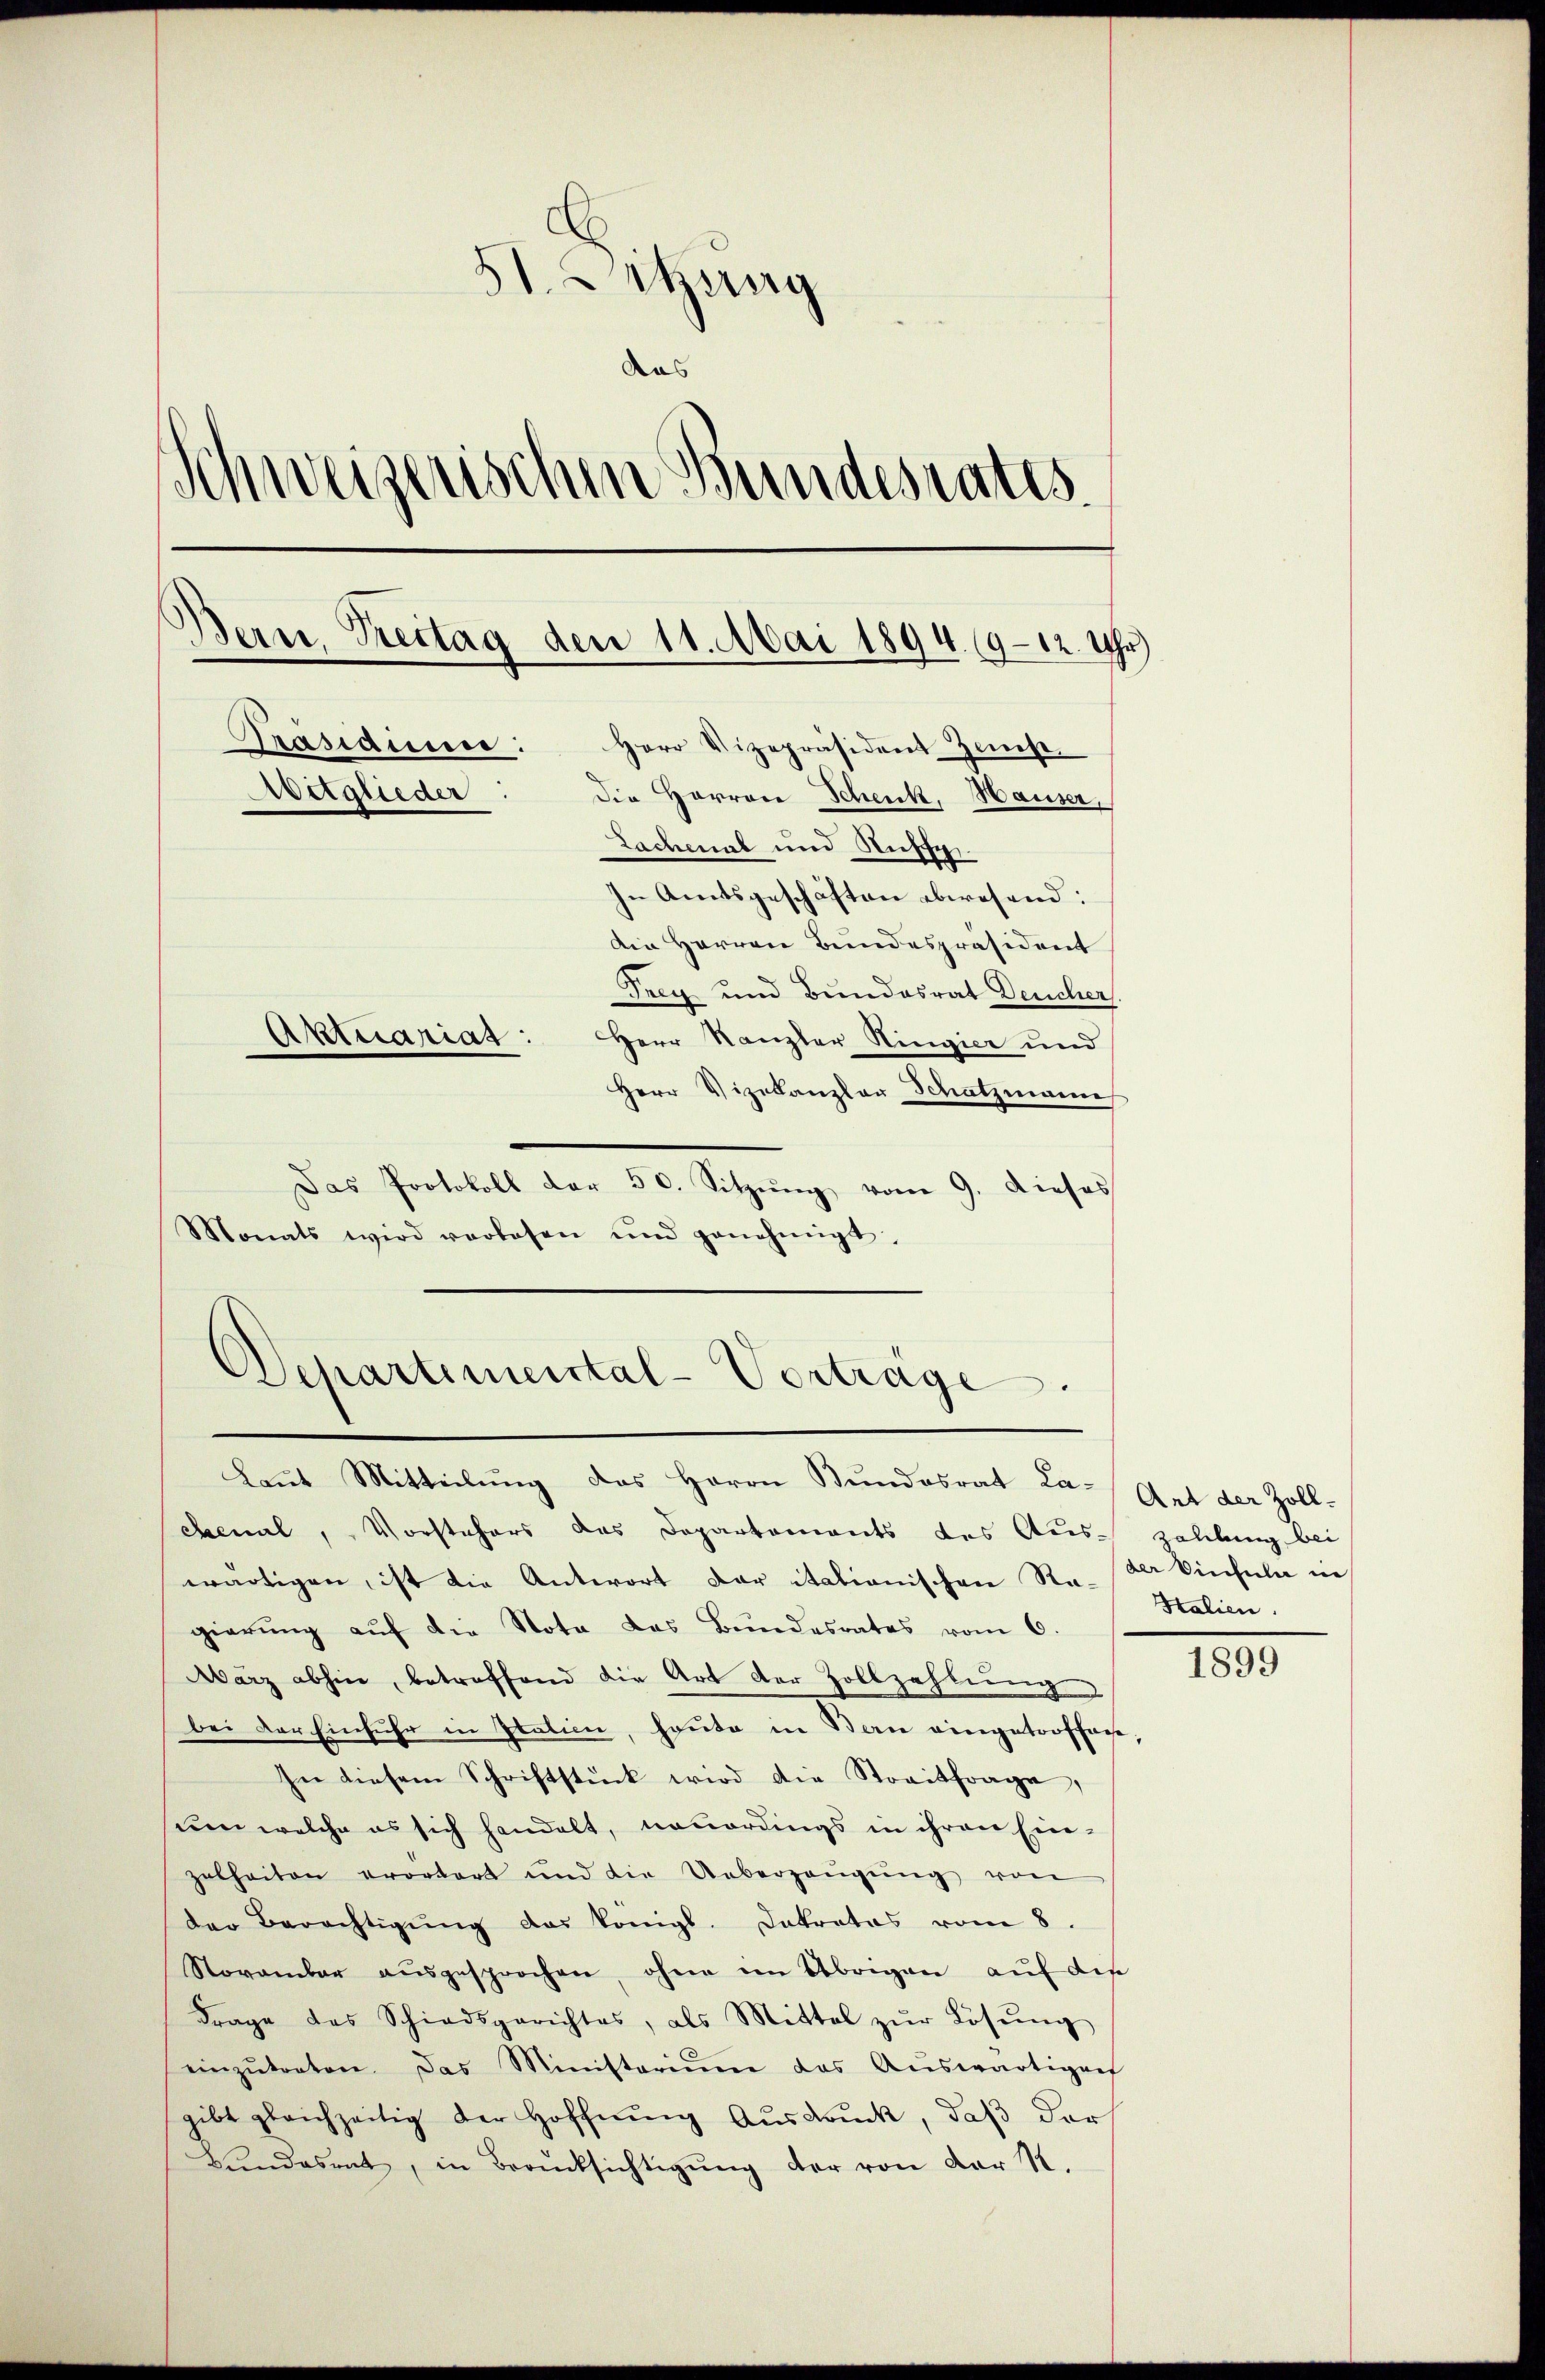
51. Letzung
das
Schweizerischen Bundesrates.
Bern, Freitag den 11. Mai 1894. 9–12. Uhr)
Präsidiere: Herr Vizepräsident Zinse
Abetglieder:
Die Harron Schenk, Hauser,
Lachenal und Nichsp
In Amtsgeschäften abwesend:
Die Herren Bundespräsident
Trey und Bundesrat Deucher
Aktuariat :
Herr Kanzler Hingier und
Herr Vizekanzlar Schatzmann

Das Protokoll der 50. Sitzŭng vom 9. dieses
Monats wird verlesen und genehmigt.

Departemental-Verträge.

Laut Mitteilung des Herrn Bundesrat La- Art der Zoll-
ebemal, Vorstehers das Departements des Aus- Zahlung bei
wärtigen, ist die Antwort der itationischen Re- Der Vinsula in
gierung auf die Nota das Bundesrates vom 6.
März abhin, betreffend die Art der Zollzahlung
bei der Einfuhr in Station, heute in Bern eingetroffene
In diesem Schriftstück wird die Streitfrage,
um welche es sich handelt, neuerdings in ihren Ein-
zabheiten erordert und die Ueberzeŭgŭng von
der Berechtigŭng des königl. Dakrates vom 8.
Stovambar aŭsgesprochen, ohne ein Übrigen auf die
Frage des Schiedsgerichtes, als Mittel zŭr Lösŭng
einzŭtreten. Das Ministerium das Aŭswärtigen
gibt gleichzeitig der Hoffnŭng Aŭsdrŭck, daβ der
Bŭndesrat, in Berücksichtigŭng der von der S.

Stalien.

1899